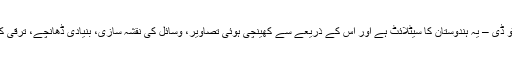
بھائیوں-بہنوں ، ان 104 سیٹلائٹ میں ایک بہت ہی اہم ہے – کارٹوسیٹ ٹو ڈی – یہ ہندوستان کا سیٹلائٹ ہے اور اس کے ذریعے سے کھینچی ہوئی تصاویر، وسائل کی نقشہ سازی، بنیادی ڈھانچے، ترقی کی تشخیص،شہری ترقی کے منصوبے کیلئے اس سے بہت مدد ملے گی ۔